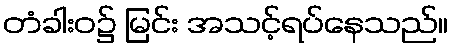
တံခါးဝ၌ မြင်း အသင့်ရပ်နေသည်။